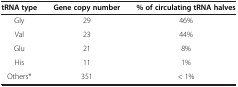
<table><thead><tr><td><b>tRNA type</b></td><td><b>Gene copy number</b></td><td><b>% of circulating tRNA halves</b></td></tr></thead><tbody><tr><td>Gly</td><td>29</td><td>46%</td></tr><tr><td>Val</td><td>23</td><td>44%</td></tr><tr><td>Glu</td><td>21</td><td>8%</td></tr><tr><td>His</td><td>11</td><td>1%</td></tr><tr><td>Others*</td><td>351</td><td>&lt; 1%</td></tr></tbody></table>